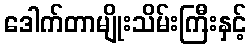
ဒေါက်တာမျိုးသိမ်းကြီးနှင့်